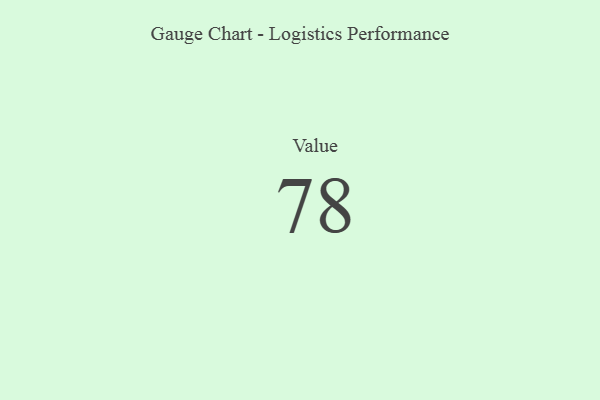
{"axis": {"x": "Metric", "y": "Value"}, "legend": [""], "data": [{"x": "Value", "y": 78, "type": ""}]}